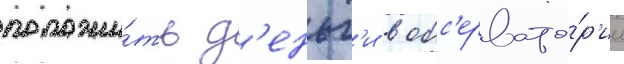
положи́ть д'еньг'и в обс'ервато́р'ии